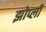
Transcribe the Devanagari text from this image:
झोप्ली